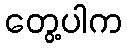
တွေ့ပါက